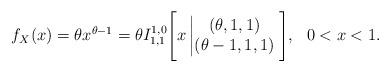
LaTeX: \begin{align*}f_X(x)=\theta x^{\theta-1}=\theta I^{1,0}_{1,1}\Bigg[x\left|\begin{matrix} (\theta,1,1)\\ (\theta-1,1,1) \end{matrix}\right.\Bigg],\ \ 0<x<1.\end{align*}